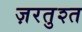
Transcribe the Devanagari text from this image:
ज़रतुश्त